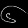
Digit: ၆